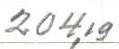
204,19